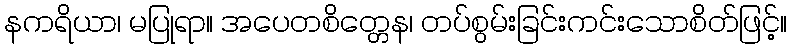
နကရိယာ၊ မပြုရာ။ အပေတစိတ္တေန၊ တပ်စွမ်းခြင်းကင်းသောစိတ်ဖြင့်။